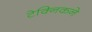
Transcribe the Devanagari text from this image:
टेक्निकने